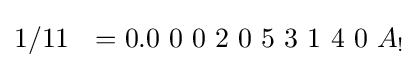
1/11\ \ =0.0\ 0\ 0\ 2\ 0\ 5\ 3\ 1\ 4\ 0\ A_{!}